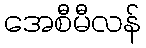
အေစီမီလန်